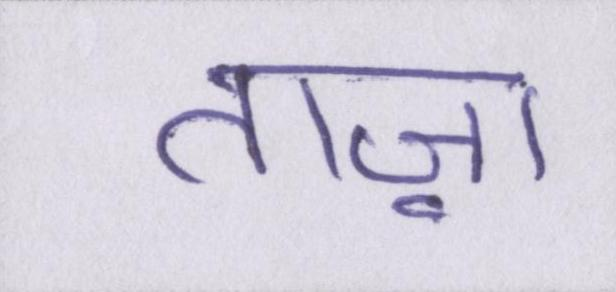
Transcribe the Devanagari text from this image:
ताज़ा